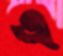
এ